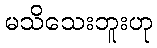
မသိသေးဘူးဟု